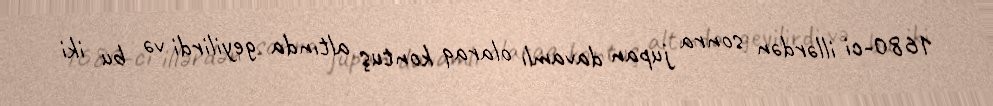
1680-ci illərdən sonra jupan davamlı olaraq kontuş altında geyilirdi və bu iki